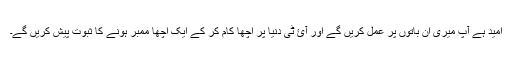
امید ہے آپ میری ان باتوں پر عمل کریں گے اور آئ ٹی دنیا پر اچھا کام کر کے ایک اچھا ممبر ہونے کا ثبوت پیش کریں گے۔